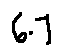
6 . 7